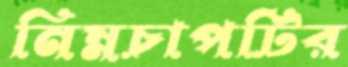
নিম্নচাপটির